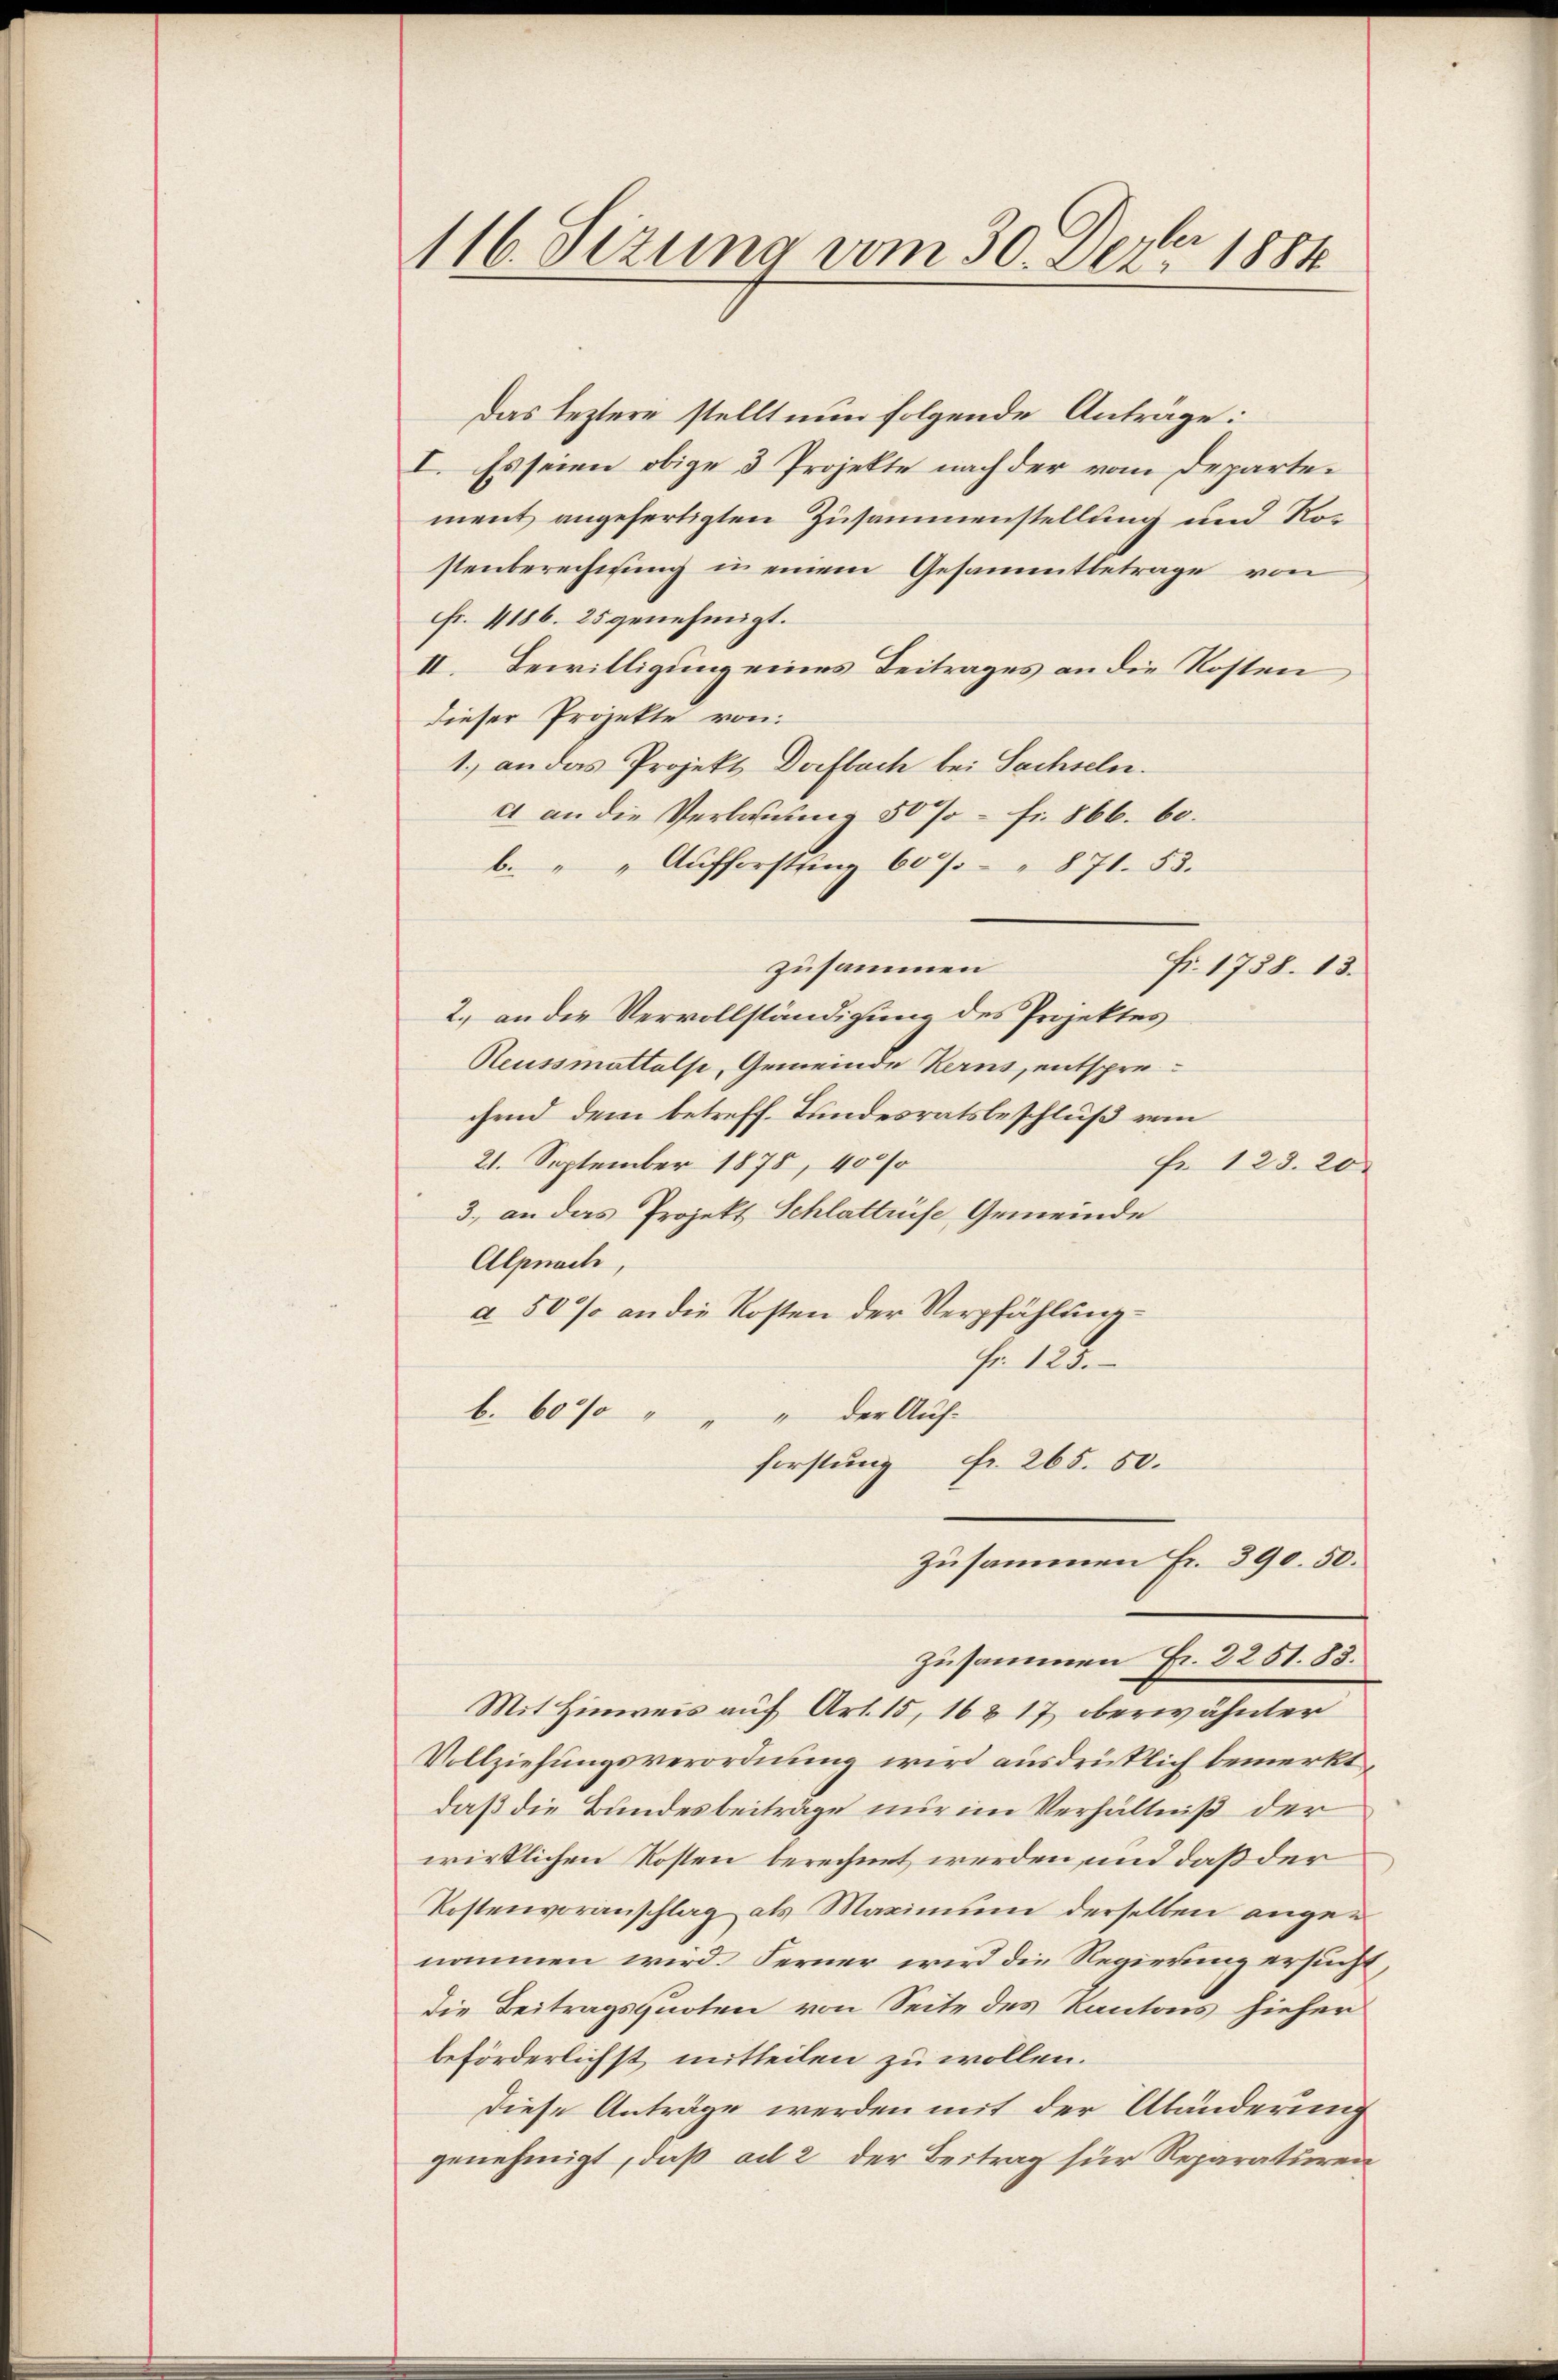
116. Sezung vom 30. Dez. 1884

Das leztere stellt nun folgende Anträge:
I. Es seien obige 3 Projekte nach der vom Departement angefertigten Zusammenstellung und Rostenberechnung in einem Gesammtbetrage von
Fr. 4186. 25 genehmigt.
II. Bewilligung eines Beitrages an die Kosten,
dieser Projekte von
1.) an das Projekt Dorfbach bei Sachseln.
A an die Verbauung 50% = Fr. 866. 60.
b. " " Aufforstung 60 /" 871. 53.
zusammen
Fr. 1738. 13.
2., an die Vervollständigung des Projektes
Reussmattalse, Gemeinde Kerns, entsprechend dem betreff. Bundesratsbeschluß vom
21. September 1875, 400/0
Fr. 128. 20.
3. an das Projekt Schlattrüse Gemeinde
Alpnach,
à 50 % an die Kosten der Verpfählung
hr. 123.
b. 60% " " " der Auf-
forstung Fr. 265. 50.
zusammen Fr. 390. 50.
zusammen Fr. 2251. 83.
Mit Hinweis auf Art. 15, 168 17 oberwähnter
Vollziehungsverordnung wird ausdrüklich bemerkt,
daß die Bundesbeiträge nur im Verhältniß der
wirklichen Kosten berechnet werden, und daß der
Kostenvoranschlag als Maximum derselben angen
nommen wird Ferner wird die Regierung ersucht,
Die Beitragsquoten von Seite des Kantons hieher
beförderlichst mitteilen zu wollen.
Diese Anträge werden mit der Abänderung
genehmigt, daß ad 2 der Beitrag für Reparaturen